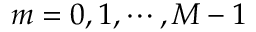
m = 0 , 1 , \cdots , M - 1